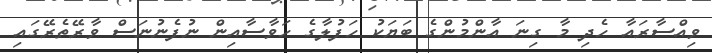
ވިއްސާރައާ ހެދި މާ ގިނަ އާންމުންގެ ބަޔަކު ހަފުލާގެ ހަވާސާއިން ނުފެނުނަސް ވާރޭތެރޭގައި